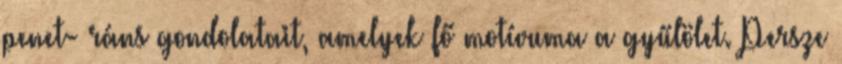
penet- ráns gondolatait, amelyek fő motívuma a gyűlölet. Persze